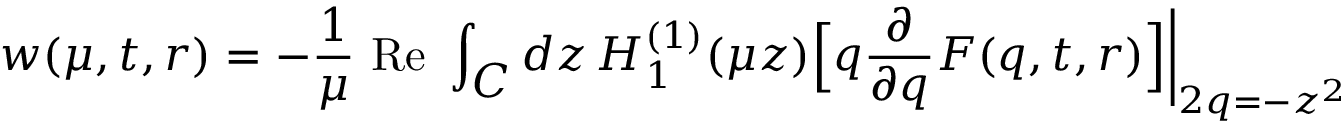
w ( \mu , t , r ) = - \frac { 1 } { \mu } \mathrm { ~ R e ~ } \int _ { \textstyle { \cal C } } d z \, H _ { 1 } ^ { ( 1 ) } ( \mu z ) \Bigl [ q \frac { \partial } { \partial q } F ( q , t , r ) \Bigr ] \biggl | _ { 2 q = - z ^ { 2 } }